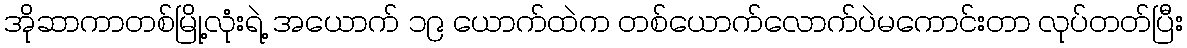
အိုဆာကာတစ်မြို့လုံးရဲ့ အယောက် ၁၉ ယောက်ထဲက တစ်ယောက်လောက်ပဲမကောင်းတာ လုပ်တတ်ပြီး